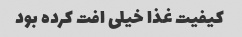
کیفیت غذا خیلی افت کرده بود